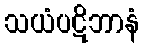
သယံပဋိဘာနံ